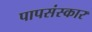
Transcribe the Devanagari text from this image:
पापसंस्कार